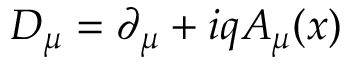
D _ { \mu } = \partial _ { \mu } + i q A _ { \mu } ( x )